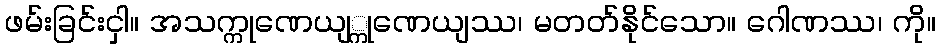
ဖမ်းခြင်းငှါ။ အသက္ကုဏေယျ္ကုဏေယျဿ၊ မတတ်နိုင်သော။ ဂေါဏဿ၊ ကို။